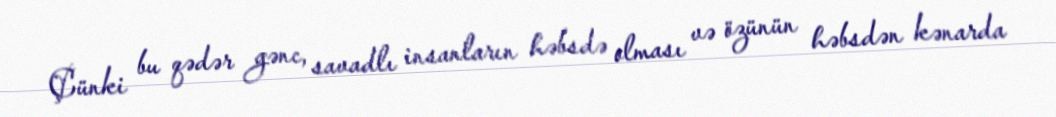
Çünki bu qədər gənc, savadlı insanların həbsdə olması və özünün həbsdən kənarda